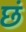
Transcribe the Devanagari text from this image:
छं